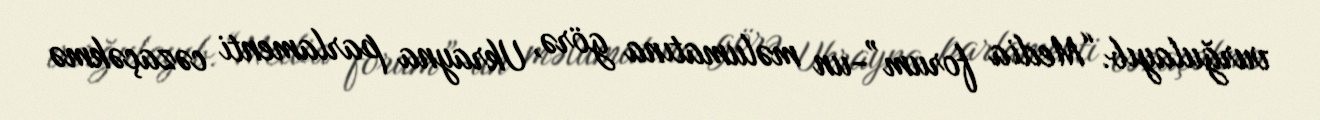
vurğulayıb.“Media forum”-un məlumatına görə, Ukrayna parlamenti cəzaçəkmə